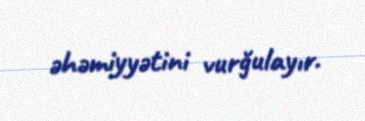
əhəmiyyətini vurğulayır.